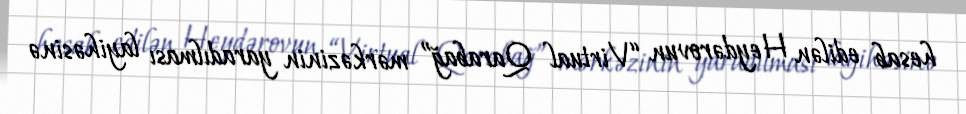
hesab edilən Heydərovun “Virtual Qarabağ” mərkəzinin yaradılması layihəsinə